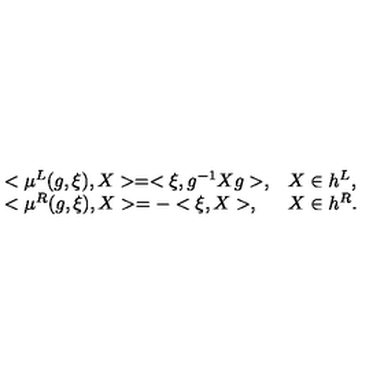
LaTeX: \begin{array} { l l } { < \mu ^ { L } ( g , \xi ) , X > = < \xi , g ^ { - 1 } X g > , } & { X \in h ^ { L } , } \\ { < \mu ^ { R } ( g , \xi ) , X > = - < \xi , X > , } & { X \in h ^ { R } . } \\ \end{array}